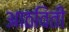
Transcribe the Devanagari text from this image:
आठविती